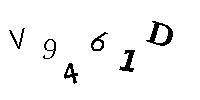
V9461D